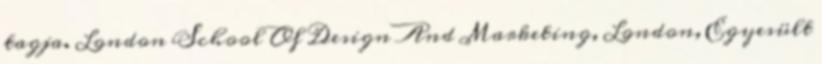
tagja. London School Of Design And Marketing, London, Egyesült